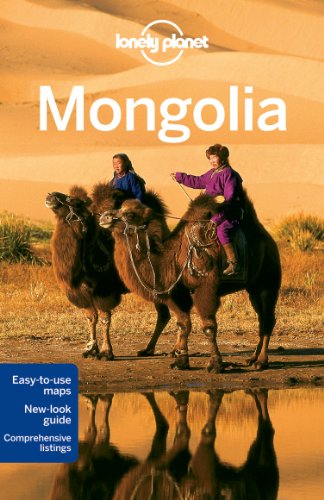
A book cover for Lonely Planet Mongolia (Travel Guide); Lonely Planet; Travel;